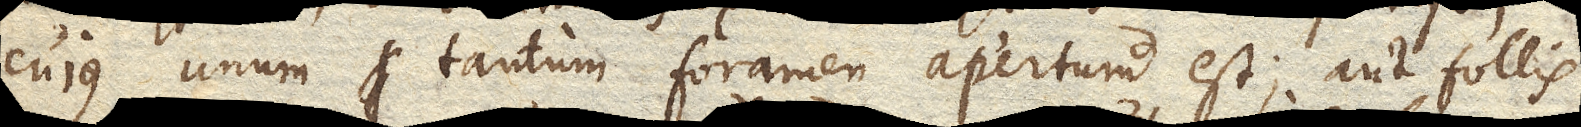
cujus unum tantum foramen apertum est; aut follis